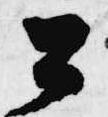
公